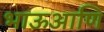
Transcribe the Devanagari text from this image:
भाऊआणि